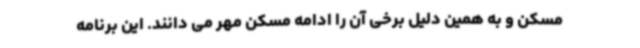
مسکن و به همین دلیل برخی آن را ادامه مسکن مهر می دانند. این برنامه